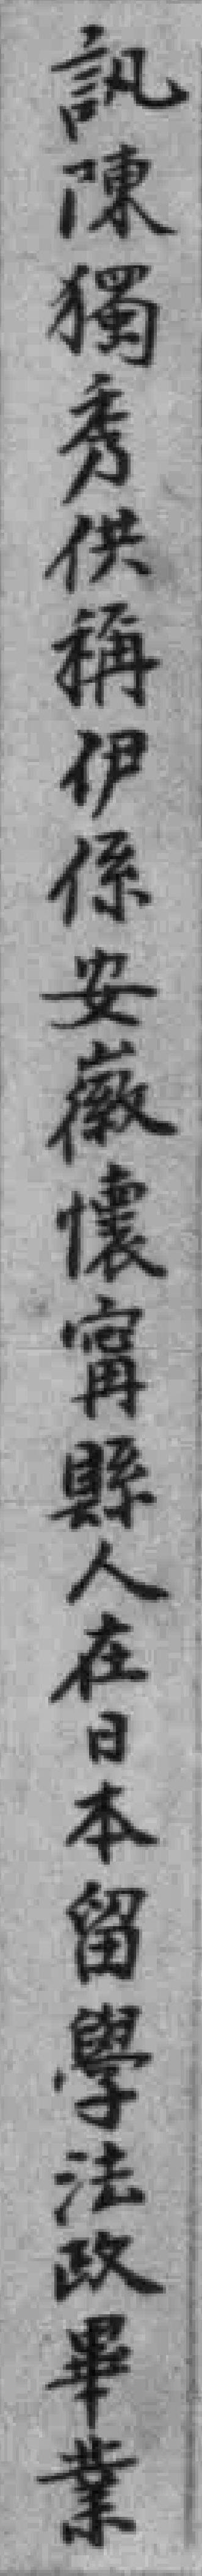
訊陳獨秀供稱伊係安徽懷甯縣人在日本留學法政畢業